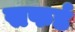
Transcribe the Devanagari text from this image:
सफर्ड